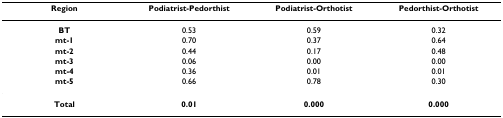
| Region | Podiatrist-Pedorthist | Podiatrist-Orthotist | Pedorthist-Orthotist |
 | --- | --- | --- | --- |
 | BT | 0.53 | 0.59 | 0.32 |
 | mt-1 | 0.70 | 0.37 | 0.64 |
 | mt-2 | 0.44 | 0.17 | 0.48 |
 | mt-3 | 0.06 | 0.00 | 0.00 |
 | mt-4 | 0.36 | 0.01 | 0.01 |
 | mt-5 | 0.66 | 0.78 | 0.30 |
 | Total | 0.01 | 0.000 | 0.000 |